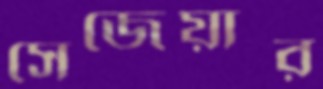
সেজেয়ার